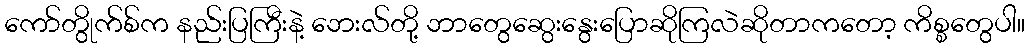
ကော်တွိုက်စ်က နည်းပြကြီးနဲ့ ဘေးလ်တို့ ဘာတွေဆွေးနွေးပြောဆိုကြလဲဆိုတာကတော့ ကိစ္စတွေပါ။